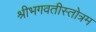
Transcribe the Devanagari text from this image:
श्रीभगवतीस्तोत्रम